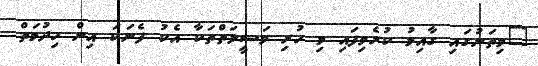
"މިތަނުގައި ގާއިމު ކުރެވިފައި މި ހުރި ވަސީލަތްތަކާ އެކު ފެނަކަ އިން ހިދުމަތް